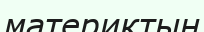
материктың